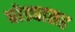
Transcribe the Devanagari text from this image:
घोड्यासह